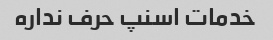
خدمات اسنپ حرف نداره